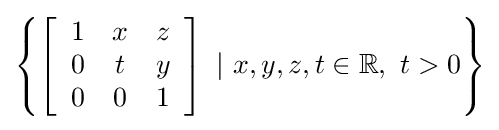
\left\{\left[{\begin{array}{ccc}1&x&z\\0&t&y\\0&0&1\end{array}}\right]\ |\ x,y,z,t\in \mathbb {R} ,\ t>0\right\}